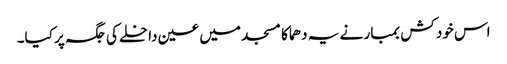
اس خود کش بمبار نے یہ دھماکا مسجد میں عین داخلے کی جگہ پر کیا۔